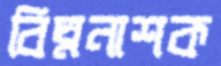
বিঘ্ননাশক